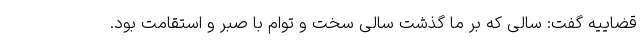
قضاییه گفت: سالی که بر ما گذشت سالی سخت و توام با صبر و استقامت بود.